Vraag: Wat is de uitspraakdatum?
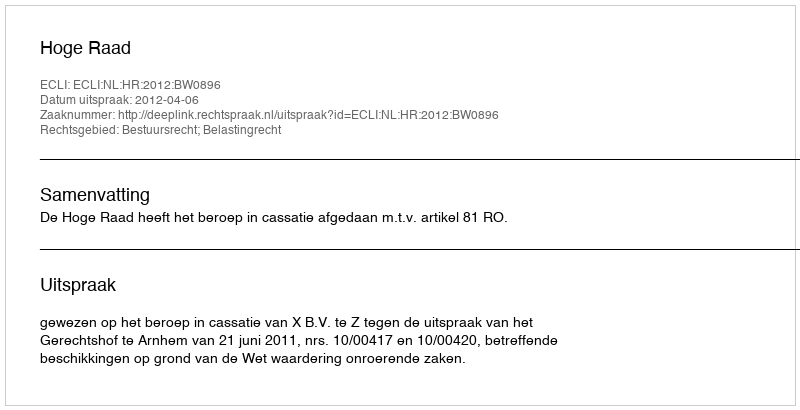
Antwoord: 2012-04-06